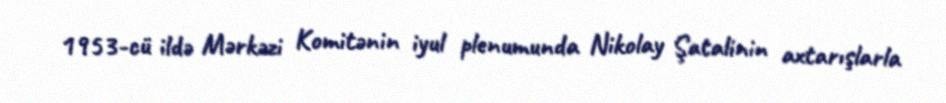
1953-cü ildə Mərkəzi Komitənin iyul plenumunda Nikolay Şatalinin axtarışlarla